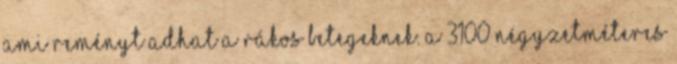
ami reményt adhat a rákos betegeknek. A 3100 négyzetméteres